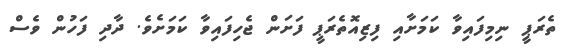
ތެރަޕީ ނިމިފައިވާ ކަމަށާއި ފިޒިއޮތެރަޕީ ފަށަން ޖެހިފައިވާ ކަމަށެވެ. ދާދި ފަހުން ވެސް